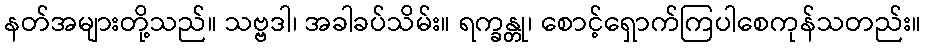
နတ်အများတို့သည်။ သဗ္ဗဒါ၊ အခါခပ်သိမ်း။ ရက္ခန္တု၊ စောင့်ရှောက်ကြပါစေကုန်သတည်း။